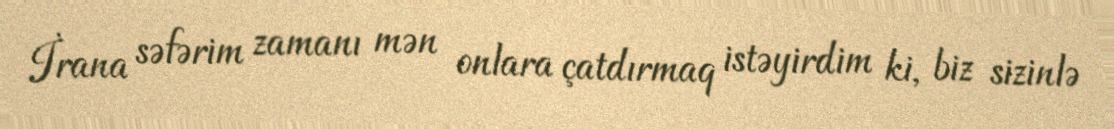
İrana səfərim zamanı mən onlara çatdırmaq istəyirdim ki, biz sizinlə